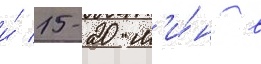
и́ 15-20 м'и́н в